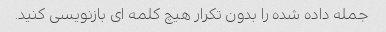
جمله داده شده را بدون تکرار هیچ کلمه ای بازنویسی کنید.